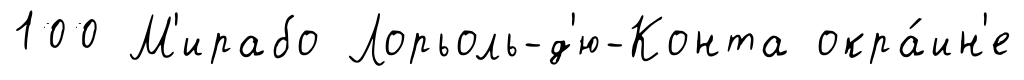
100 М'ирабо Лорьоль-д'ю-Конта окра́ин'е